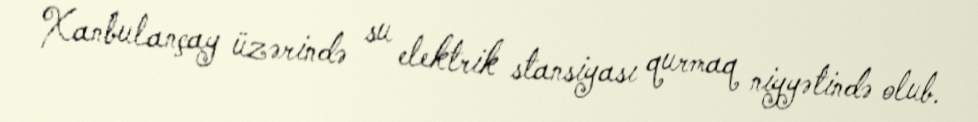
Xanbulançay üzərində su elektrik stansiyası qurmaq niyyətində olub.